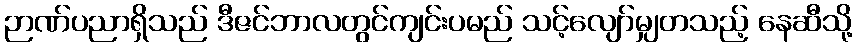
ဉာဏ်ပညာရှိသည် ဒီဇင်ဘာလတွင်ကျင်းပမည် သင့်လျော်မျှတသည့် နေဆီသို့